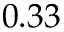
0 . 3 3